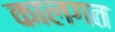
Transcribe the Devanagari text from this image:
कालगत